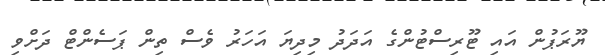
ޔޫރަޕުން އައި ޓޫރިސްޓުންގެ އަދަދު މިދިޔަ އަހަރު ވެސް ތިން ޕަސެންޓް ދަށްވި